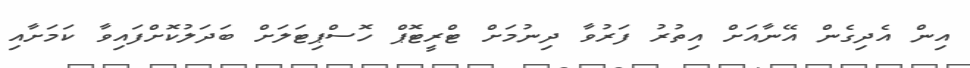
އިން އެދިގެން އޭނާއަށް އިތުރު ފަރުވާ ދިނުމަށް ޓްރީޓޮޕް ހޮސްޕިޓަލަށް ބަދަލުކޮށްފައިވާ ކަމަށާއި